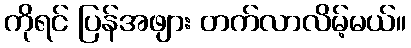
ကိုရင် ပြန်အဖျား တက်လာလိမ့်မယ်။